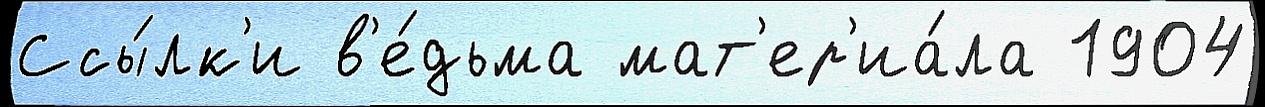
Ссы́лк'и в'е́дьма мат'ер'иа́ла 1904